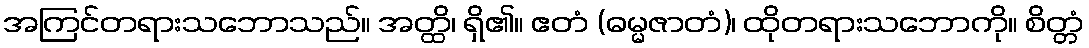
အကြင်တရားသဘောသည်။ အတ္ထိ၊ ရှိ၏။ ဧတံ (ဓမ္မဇာတံ)၊ ထိုတရားသဘောကို။ စိတ္တံ